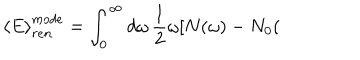
\left< E \right> _ { r e n } ^ { m o d e } = \int _ { 0 } ^ { \infty } d \omega \, \frac { 1 } { 2 } \omega [ N ( \omega ) - N _ { 0 } (